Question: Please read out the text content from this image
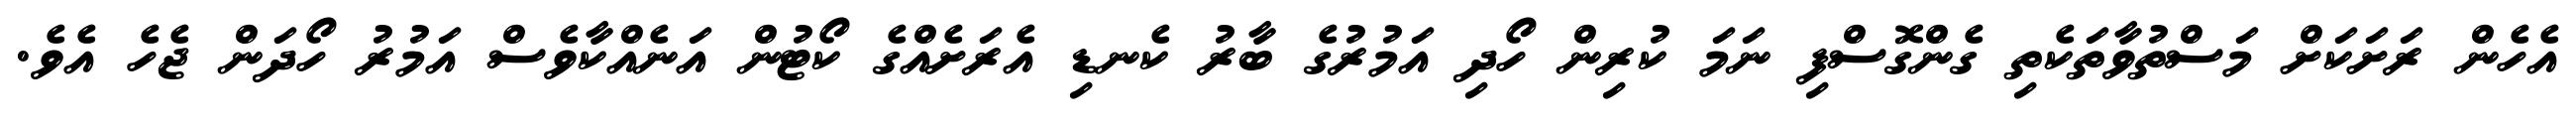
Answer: އެހެން ރަށަކަށް މަސްތުވާތަކެތި ގެންގޮސްފި ނަމަ ކުރިން ހޯދި އަމުރުގެ ބާރު ކެނޑި އެރަށެއްގެ ކޯޓުން އަނެއްކާވެސް އަމުރު ހޯދަން ޖެހެ އެވެ.